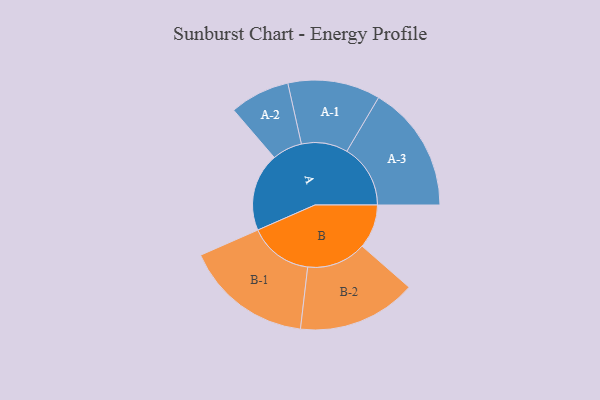
{"axis": {"x": "Segment", "y": "Value"}, "legend": ["", "A", "B"], "data": [{"x": "A", "y": 284, "type": ""}, {"x": "B", "y": 160, "type": ""}, {"x": "A-1", "y": 168, "type": "A"}, {"x": "A-2", "y": 109, "type": "A"}, {"x": "A-3", "y": 231, "type": "A"}, {"x": "B-1", "y": 232, "type": "B"}, {"x": "B-2", "y": 216, "type": "B"}]}